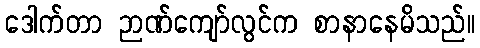
ဒေါက်တာ ဉာဏ်ကျော်လွင်က စာနာနေမိသည်။